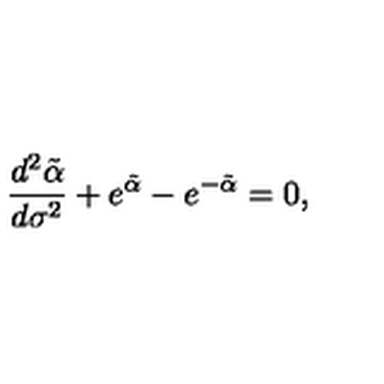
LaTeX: \frac { d ^ { 2 } \tilde { \alpha } } { d \sigma ^ { 2 } } + e ^ { \tilde { \alpha } } - e ^ { - \tilde { \alpha } } = 0 ,